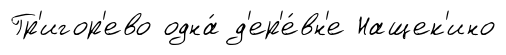
Гр'игор'ево одна́ д'ер'е́вн'е Нащек'ино